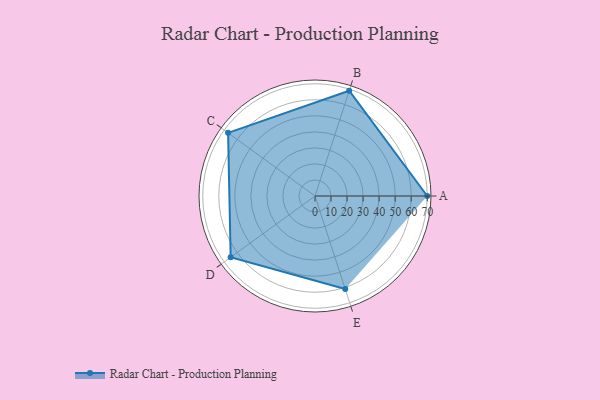
{"axis": {"x": "Skill", "y": "Score"}, "legend": ["Profile"], "data": [{"x": "A", "y": 70.0, "type": "Profile"}, {"x": "B", "y": 69.0, "type": "Profile"}, {"x": "C", "y": 67.0, "type": "Profile"}, {"x": "D", "y": 65.0, "type": "Profile"}, {"x": "E", "y": 61.0, "type": "Profile"}]}